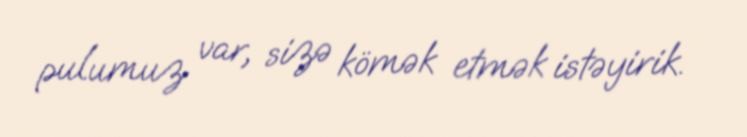
pulumuz var, sizə kömək etmək istəyirik.